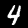
Digit: 4